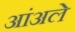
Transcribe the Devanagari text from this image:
आंअले